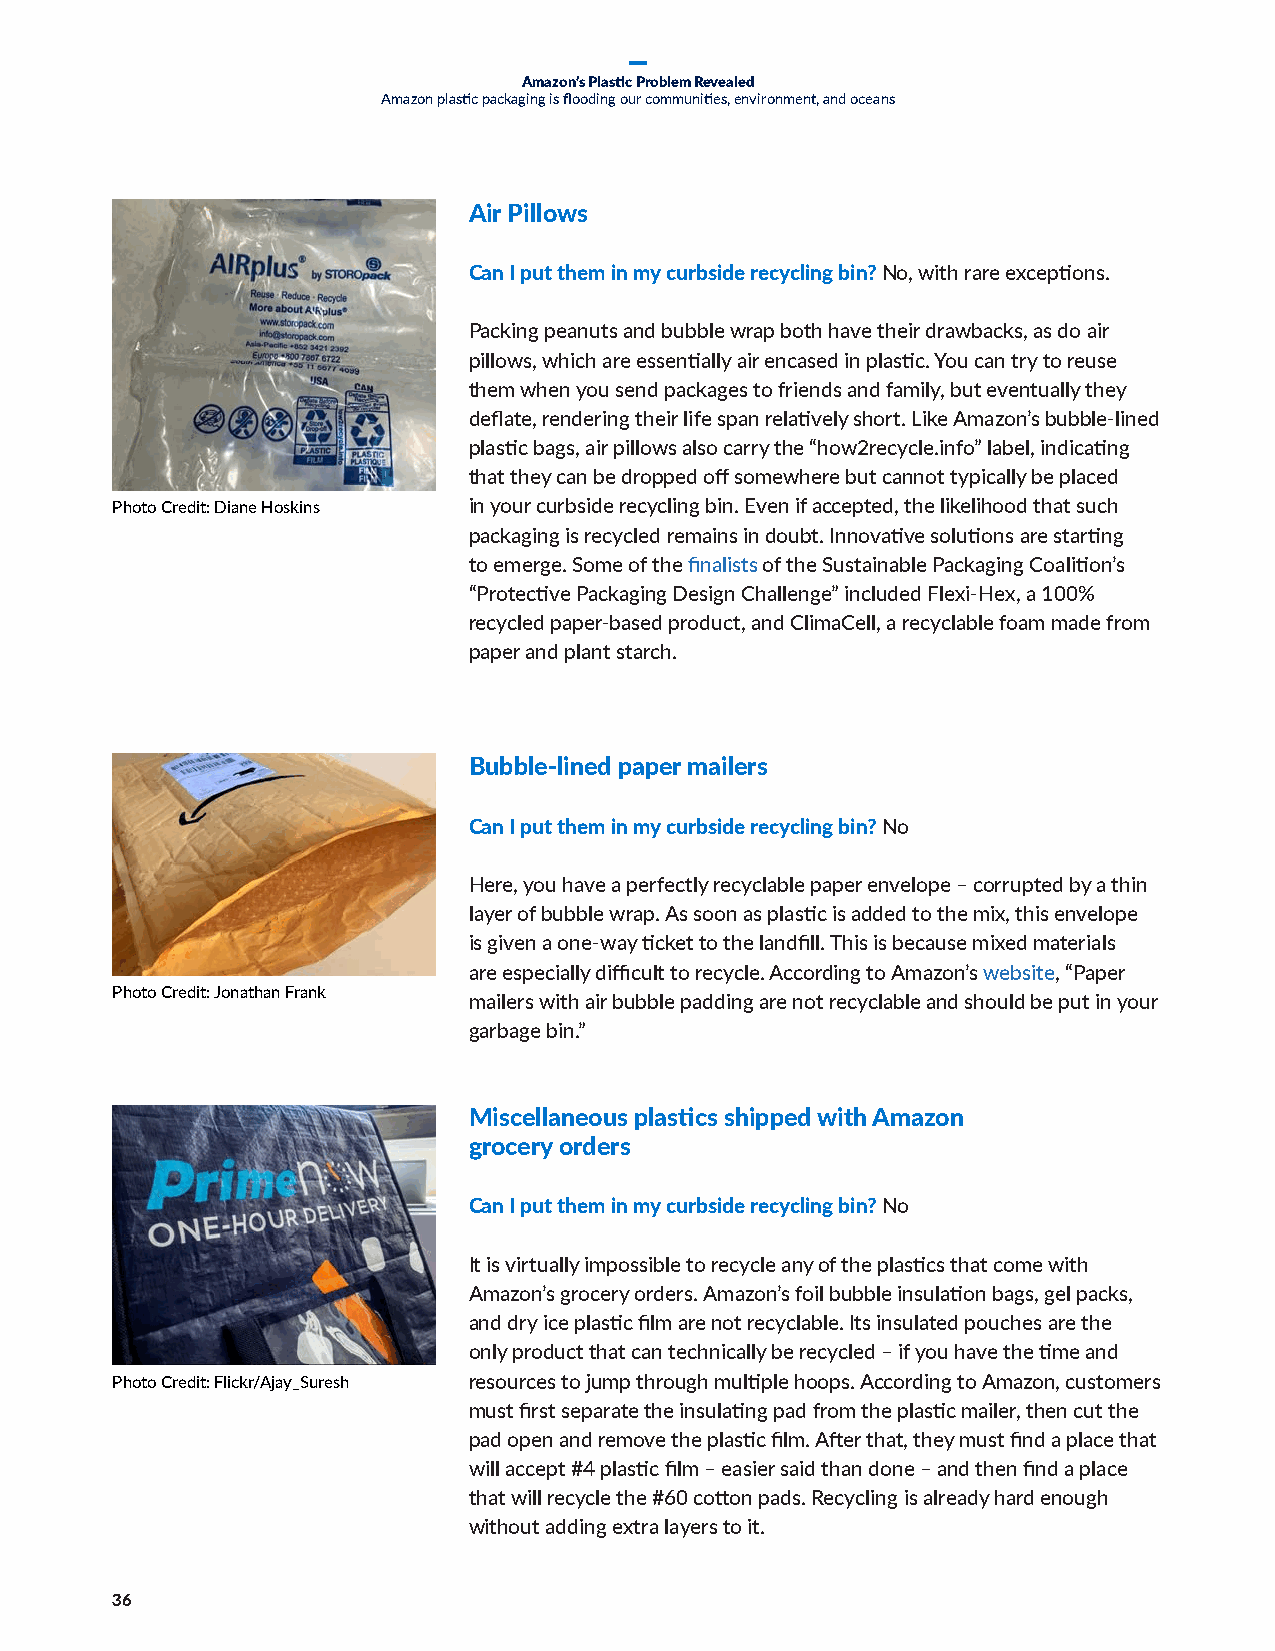
Amazon’s Plastic Problem Revealed
 Amazon plastic packaging is flooding our communities, environment, and oceans
 Air Pillows
 Appendix             2
 Can I put them in my curbside recycling bin? No, with rare exceptions.
 Packing peanuts and bubble wrap both have their drawbacks, as do air
 pillows, which are essentially air encased in plastic. You can try to reuse
 them when you send packages to friends and family, but eventually they
 deflate, rendering their life span relatively short. Like Amazon’s bubble-lined
 plastic bags, air pillows also carry the “how2recycle.info” label, indicating
 that they can be dropped off somewhere but cannot typically be placed
 Photo Credit: Diane Hoskins in your curbside recycling bin. Even if accepted, the likelihood that such
 packaging is recycled remains in doubt. Innovative solutions are starting
 to emerge. Some of the finalists of the Sustainable Packaging Coalition’s
 “Protective Packaging Design Challenge” included Flexi-Hex, a 100%
 recycled paper-based product, and ClimaCell, a recyclable foam made from
 paper and plant starch.
 Bubble-lined paper mailers
 Can I put them in my curbside recycling bin? No
 Here, you have a perfectly recyclable paper envelope – corrupted by a thin
 layer of bubble wrap. As soon as plastic is added to the mix, this envelope
 is given a one-way ticket to the landfill. This is because mixed materials
 are especially difficult to recycle. According to Amazon’s website, “Paper
 Photo Credit: Jonathan Frank
 mailers with air bubble padding are not recyclable and should be put in your
 garbage bin.”
 Miscellaneous plastics shipped with Amazon
 grocery orders
 Can I put them in my curbside recycling bin? No
 It is virtually impossible to recycle any of the plastics that come with
 Amazon’s grocery orders. Amazon’s foil bubble insulation bags, gel packs,
 and dry ice plastic film are not recyclable. Its insulated pouches are the
 only product that can technically be recycled – if you have the time and
 Photo Credit: Flickr/Ajay_Suresh resources to jump through multiple hoops. According to Amazon, customers
 must first separate the insulating pad from the plastic mailer, then cut the
 pad open and remove the plastic film. After that, they must find a place that
 will accept #4 plastic film – easier said than done – and then find a place
 that will recycle the #60 cotton pads. Recycling is already hard enough
 without adding extra layers to it.
 36